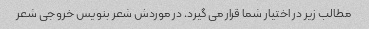
مطالب زیر در اختیار شما قرار می گیرد. در موردش شعر بنویس خروجی شعر